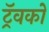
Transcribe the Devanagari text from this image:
ट्रॅवको